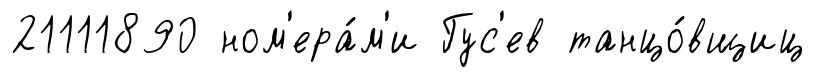
21111890 ном'ера́м'и Гус'ев танцо́вщиц